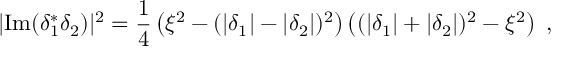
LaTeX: | \mathrm { { I m } } ( \delta _ { 1 } ^ { * } \delta _ { 2 } ) | ^ { 2 } = \frac { 1 } { 4 } \left( \xi ^ { 2 } - ( | \delta _ { 1 } | - | \delta _ { 2 } | ) ^ { 2 } \right) \left( ( | \delta _ { 1 } | + | \delta _ { 2 } | ) ^ { 2 } - \xi ^ { 2 } \right) ~ ,